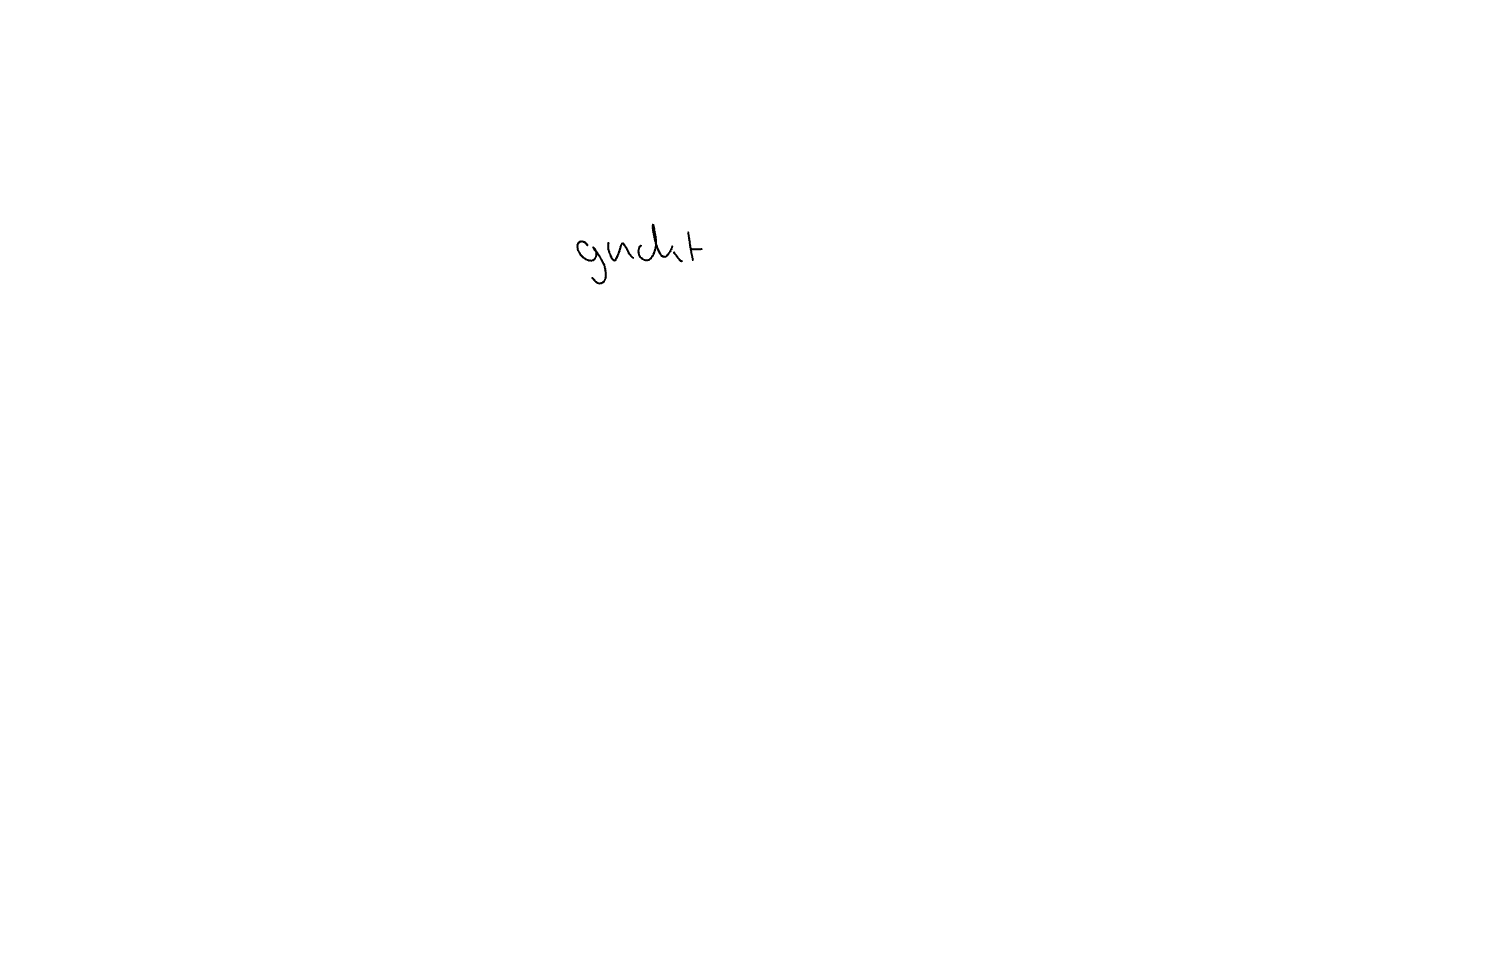
Text: guckt